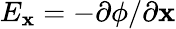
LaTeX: E_{\mathbf{x}}=-\partial\phi/\partial\mathbf{x}